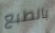
بالطبع